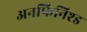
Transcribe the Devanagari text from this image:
अनफिनिश्ड